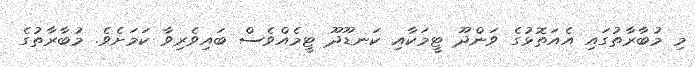
މި މުބާރާތުގައި އެއަތޮޅުގެ ވަންދޫ ޓީމަކާއި ކަނޑޫދޫ ޓީމެއްވެސް ބައިވެރިވާ ކަމަށެވެ. މުބާރާތުގެ